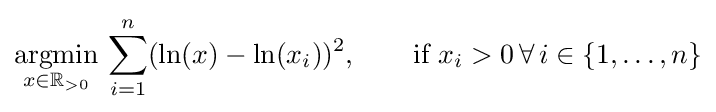
{\underset {x\in \mathbb {R} _{>0}}{\operatorname {argmin} }}\,\sum _{i=1}^{n}(\ln(x)-\ln(x_{i}))^{2},\qquad {\text{if }}x_{i}>0\,\forall \,i\in \{1,\dots ,n\}